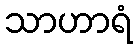
သာဟာရံ